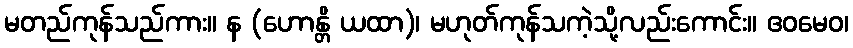
မတည်ကုန်သည်ကား။ န (ဟောန္တိ ယထာ)၊ မဟုတ်ကုန်သကဲ့သို့လည်းကောင်း။ ဧဝမေဝ၊